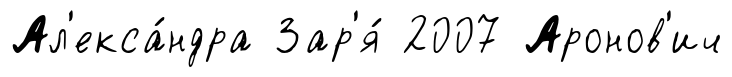
Ал'екса́ндра Зар'я́ 2007 Аронов'ич